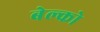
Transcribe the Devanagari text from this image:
बेल्को